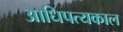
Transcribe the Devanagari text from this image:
आधिपत्यकाल